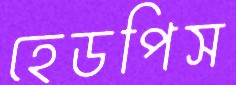
হেডপিস